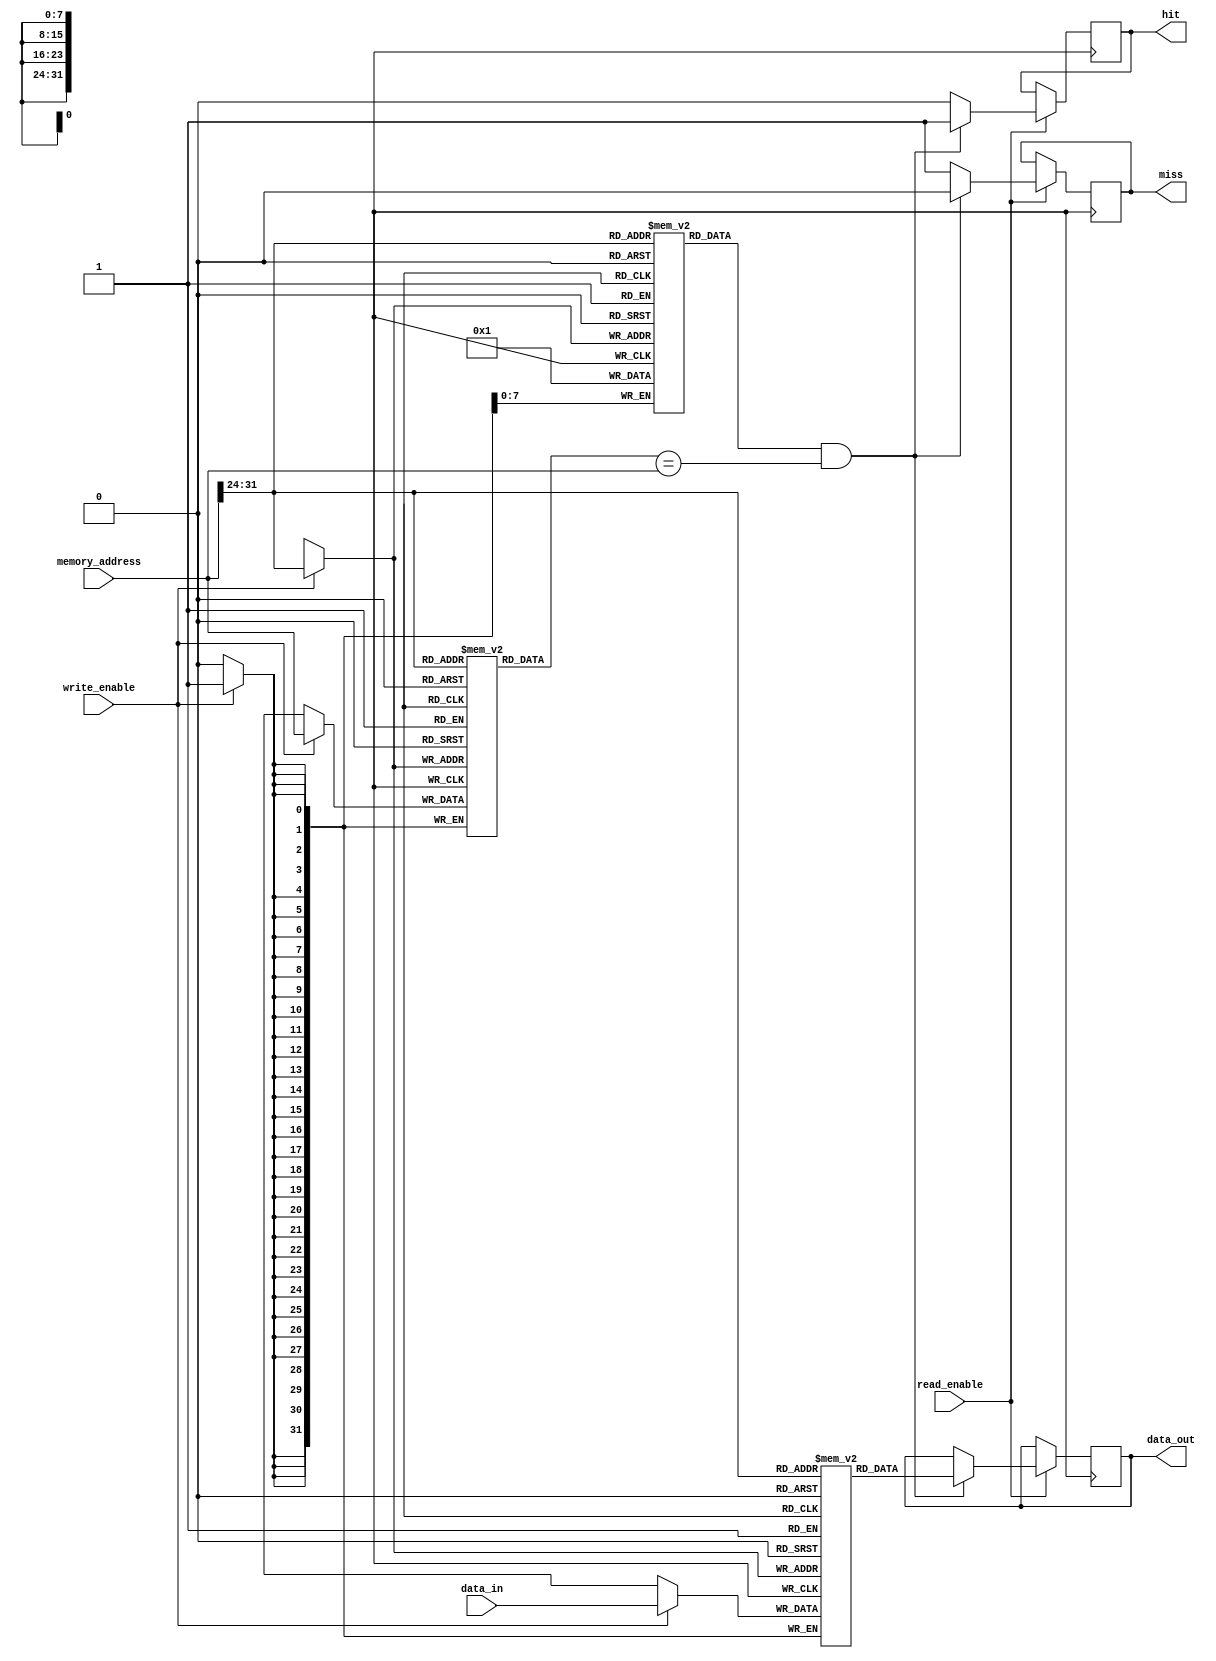
module cache_memory (
    input wire [31:0] memory_address,
    input wire [31:0] data_in,
    input wire write_enable,
    input wire read_enable,
    output reg [31:0] data_out,
    output reg hit,
    output reg miss
);

reg [31:0] tag_memory [0:255]; // assuming cache size of 256 entries
reg [31:0] data_memory [0:255]; // assuming cache size of 256 entries
reg [7:0] valid_bit [0:255]; // valid bit for each cache entry

always @ (posedge clock) begin
    if (write_enable) begin
        // write data to cache memory
        tag_memory[memory_address[31:24]] <= memory_address;
        data_memory[memory_address[31:24]] <= data_in;
        valid_bit[memory_address[31:24]] <= 1;
    end

    if (read_enable) begin
        // read data from cache memory
        hit <= 0;
        miss <= 0;

        if (valid_bit[memory_address[31:24]] && tag_memory[memory_address[31:24]] == memory_address) begin
            data_out <= data_memory[memory_address[31:24]];
            hit <= 1;
        end else begin
            // fetch data from main memory and update cache
            // Not implemented in this module
            miss <= 1;
        end
    end
end

endmodule